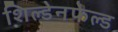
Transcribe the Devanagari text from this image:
शिल्डेनफेल्ड